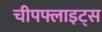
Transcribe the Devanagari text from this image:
चीपफ्लाइट्स